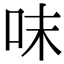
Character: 𠰌